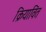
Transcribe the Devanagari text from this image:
क्रियाविंत